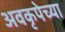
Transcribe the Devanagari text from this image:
अवकृपेच्या